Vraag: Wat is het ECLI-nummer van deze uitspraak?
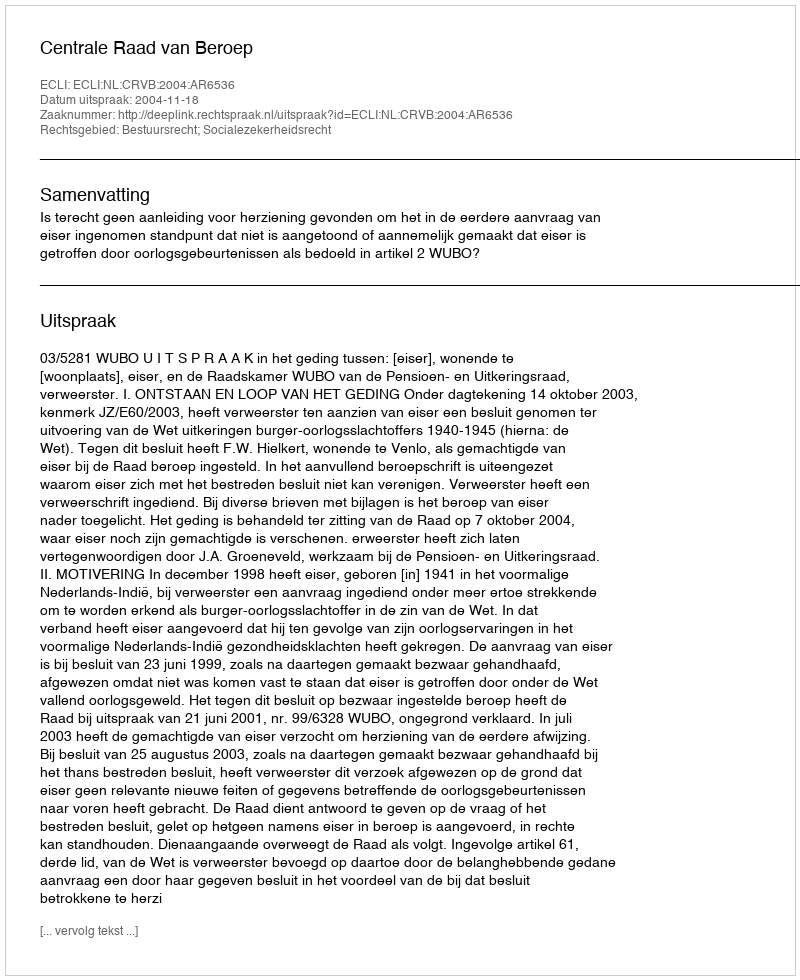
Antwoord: ECLI:NL:CRVB:2004:AR6536